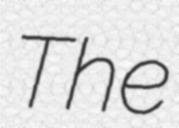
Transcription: The